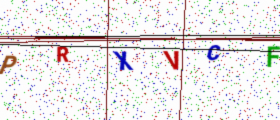
Text: PRXVCF